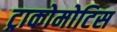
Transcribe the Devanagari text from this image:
ट्राकोमोटिस